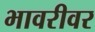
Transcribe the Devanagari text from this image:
भावरीवर